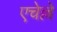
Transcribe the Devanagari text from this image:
एचेल्ले